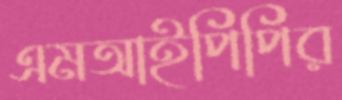
এমআইপিপির